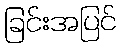
ခြင်းအပြင်